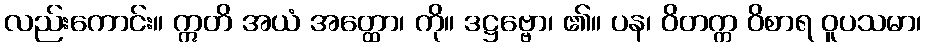
လည်းကောင်း။ ဣတိ အယံ အတ္ထော၊ ကို။ ဒဋ္ဌဗ္ဗော၊ ၏။ ပန၊ ဝိတက္က ဝိစာရ ဝူပသမာ၊